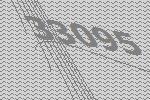
33095